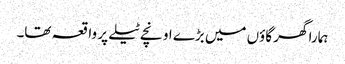
ہمارا گھر گاؤں میں بڑے اونچے ٹیلے پر واقعہ تھا۔